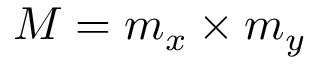
M = m _ { x } \times m _ { y }